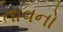
તાવનો